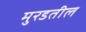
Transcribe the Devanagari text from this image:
मुरडतील